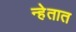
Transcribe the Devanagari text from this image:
न्हेतात